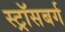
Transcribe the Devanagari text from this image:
स्ट्रॉसबर्ग